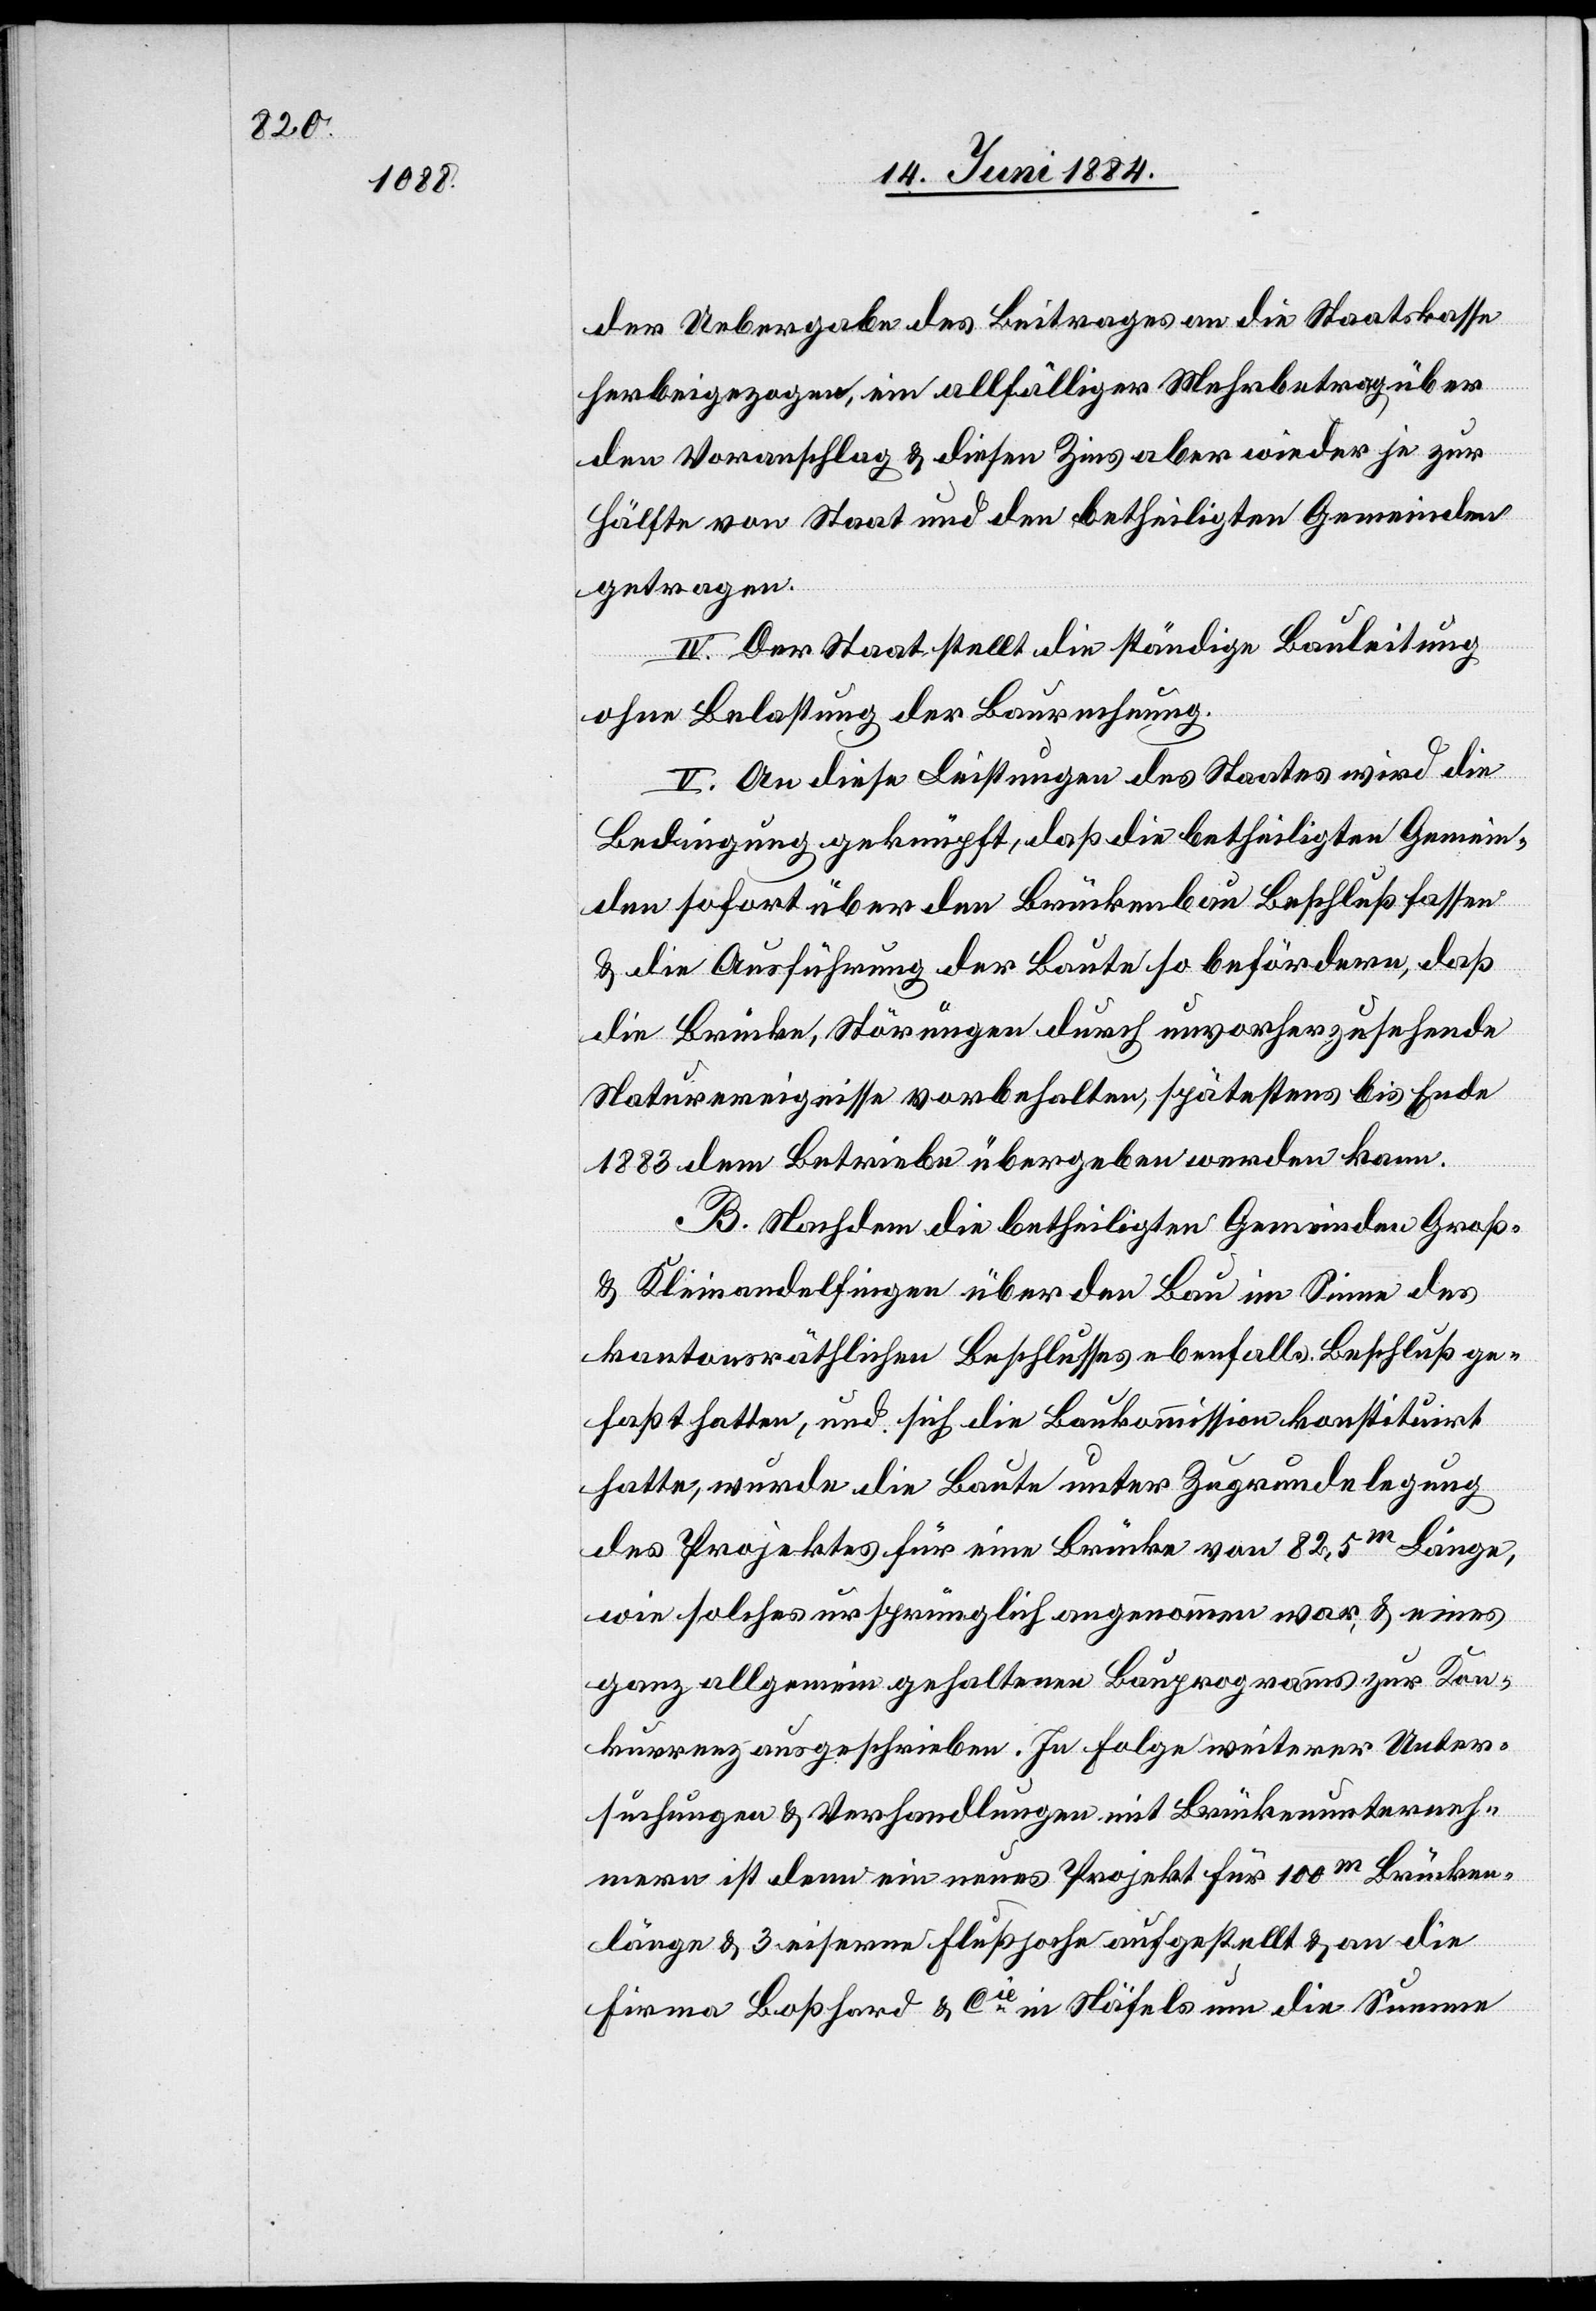
der Uebergabe des Beitrages an die Staatskasse
herbeigezogen, ein allfälliger Mehrbetrag über
den Voranschlag & diesen Zins aber wieder je zur
Hälfte von Staat und den betheiligten Gemeinden
getragen.
IV. Der Staat stellt die ständige Bauleitung
ohne Belastung der Baurechnung.
V. An diese Leistungen des Staates wird die
Bedingung geknüpft, daß die betheiligten Gemein¬
den sofort über den Brückenbau Beschluß fassen
& die Ausführung der Baute so befördern, daß
die Brücke, Störungen durch unvorherzusehende
Naturereignisse vorbehalten, spätesten bis Ende
1883 dem Betriebe übergeben werden kann.
B. Nachdem die betheiligten Gemeinden Groß-
& Kleinandelfingen über den Bau im Sinne des
kantonsräthlichen Beschlusses ebenfalls Beschluß ge¬
faßt hatten, und sich die Baukommission konstituirt
hatte, wurde die Baute unter Zugrundelegung
des Projektes für eine Brücke von 82,5m Länge,
wie solches ursprünglich angenommen war, & eines
ganz allgemein gehaltenen Bauprogramms zur Kon¬
kurrenz ausgeschrieben. In Folge weiterer Unter¬
suchungen & Verhandlungen mit Brückenunterneh¬
mern ist denn ein neues Projekt für 100m Brücken¬
länge & 3 eiserne Flußjoche aufgestellt & an die
Firma Boßhard & Cie in Näfels um die Summe